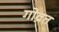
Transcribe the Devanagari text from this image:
गोव्रत